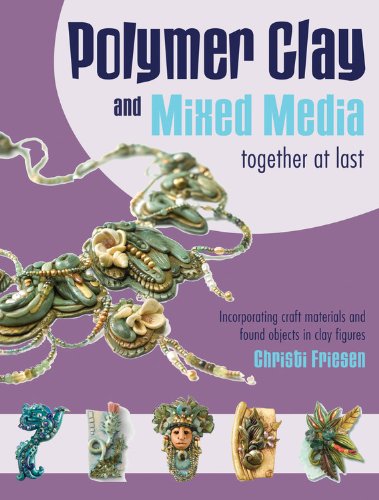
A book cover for Polymer Clay and Mixed Media-- Together at Last: Incorporating Craft Materials and Found Objects in Clay Figures; Christi Friesen; Crafts, Hobbies & Home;